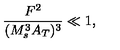
\frac { F ^ { 2 } } { ( M _ { s } ^ { 3 } A _ { T } ) ^ { 3 } } \ll 1 ,